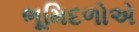
ભૂમિદળોએ